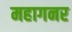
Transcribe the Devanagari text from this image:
महागनर